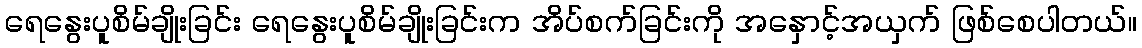
ရေနွေးပူစိမ်ချိုးခြင်း ရေနွေးပူစိမ်ချိုးခြင်းက အိပ်စက်ခြင်းကို အနှောင့်အယှက် ဖြစ်စေပါတယ်။